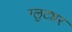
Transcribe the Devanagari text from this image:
ग्लुट्यर